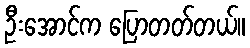
ဦးအောင်က ပြောတတ်တယ်။